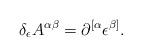
LaTeX: \begin{align*}\delta _\epsilon A^{\alpha \beta }=\partial ^{[\alpha }\epsilon^{\beta ]}.\end{align*}